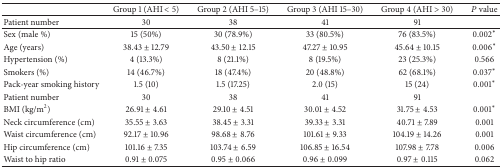
<table><thead><tr><td><b> </b></td><td><b>Group 1 (AHI &lt; 5)</b></td><td><b>Group 2 (AHI 5–15)</b></td><td><b>Group 3 (AHI 15–30)</b></td><td><b>Group 4 (AHI &gt; 30)</b></td><td><b><i>P</i> value</b></td></tr></thead><tbody><tr><td>Patient number</td><td>30</td><td>38</td><td>41</td><td>91</td><td> </td></tr><tr><td>Sex (male %)</td><td>15 (50%)</td><td>30 (78.9%)</td><td>33 (80.5%)</td><td>76 (83.5%)</td><td>0.002∗</td></tr><tr><td>Age (years)</td><td>38.43 ± 12.79</td><td>43.50 ± 12.15</td><td>47.27 ± 10.95</td><td>45.64 ± 10.15</td><td>0.006∗</td></tr><tr><td>Hypertension (%)</td><td>4 (13.3%)</td><td>8 (21.1%)</td><td>8 (19.5%)</td><td>23 (25.3%)</td><td>0.566</td></tr><tr><td>Smokers (%)</td><td>14 (46.7%)</td><td>18 (47.4%)</td><td>20 (48.8%)</td><td>62 (68.1%)</td><td>0.037∗</td></tr><tr><td>Pack-year smoking history</td><td>1.5 (10)</td><td>1.5 (17.25)</td><td>2.0 (15)</td><td>15 (24)</td><td>0.001∗</td></tr><tr><td>Patient number</td><td>30</td><td>38</td><td>41</td><td>91</td><td> </td></tr><tr><td>BMI (kg/m<sup>2</sup>)</td><td>26.91 ± 4.61</td><td>29.10 ± 4.51</td><td>30.01 ± 4.52</td><td>31.75 ± 4.53</td><td>0.001∗</td></tr><tr><td>Neck circumference (cm)</td><td>35.55 ± 3.63</td><td>38.45 ± 3.31</td><td>39.33 ± 3.31</td><td>40.71 ± 7.89</td><td>0.001</td></tr><tr><td>Waist circumference (cm)</td><td>92.17 ± 10.96</td><td>98.68 ± 8.76</td><td>101.61 ± 9.33</td><td>104.19 ± 14.26</td><td>0.001</td></tr><tr><td>Hip circumference (cm)</td><td>101.16 ± 7.35</td><td>103.74 ± 6.59</td><td>106.85 ± 16.54</td><td>107.98 ± 7.78</td><td>0.006</td></tr><tr><td>Waist to hip ratio</td><td>0.91 ± 0.075</td><td>0.95 ± 0.066</td><td>0.96 ± 0.099</td><td>0.97 ± 0.115</td><td>0.062</td></tr></tbody></table>